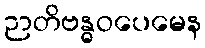
ဉာတိဗန္ဓဝပေမေန